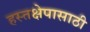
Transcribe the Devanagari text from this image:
हस्तक्षेपासाठी